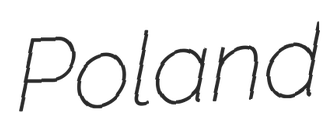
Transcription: Poland